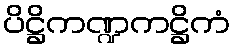
ပိဋ္ဌိကဏ္ဍကဋ္ဌိကံ